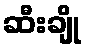
ဆီးချို